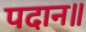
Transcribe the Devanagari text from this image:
पदान॥